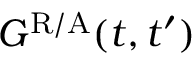
G ^ { \mathrm { R / A } } ( t , t ^ { \prime } )